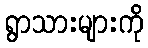
ရွာသားများကို